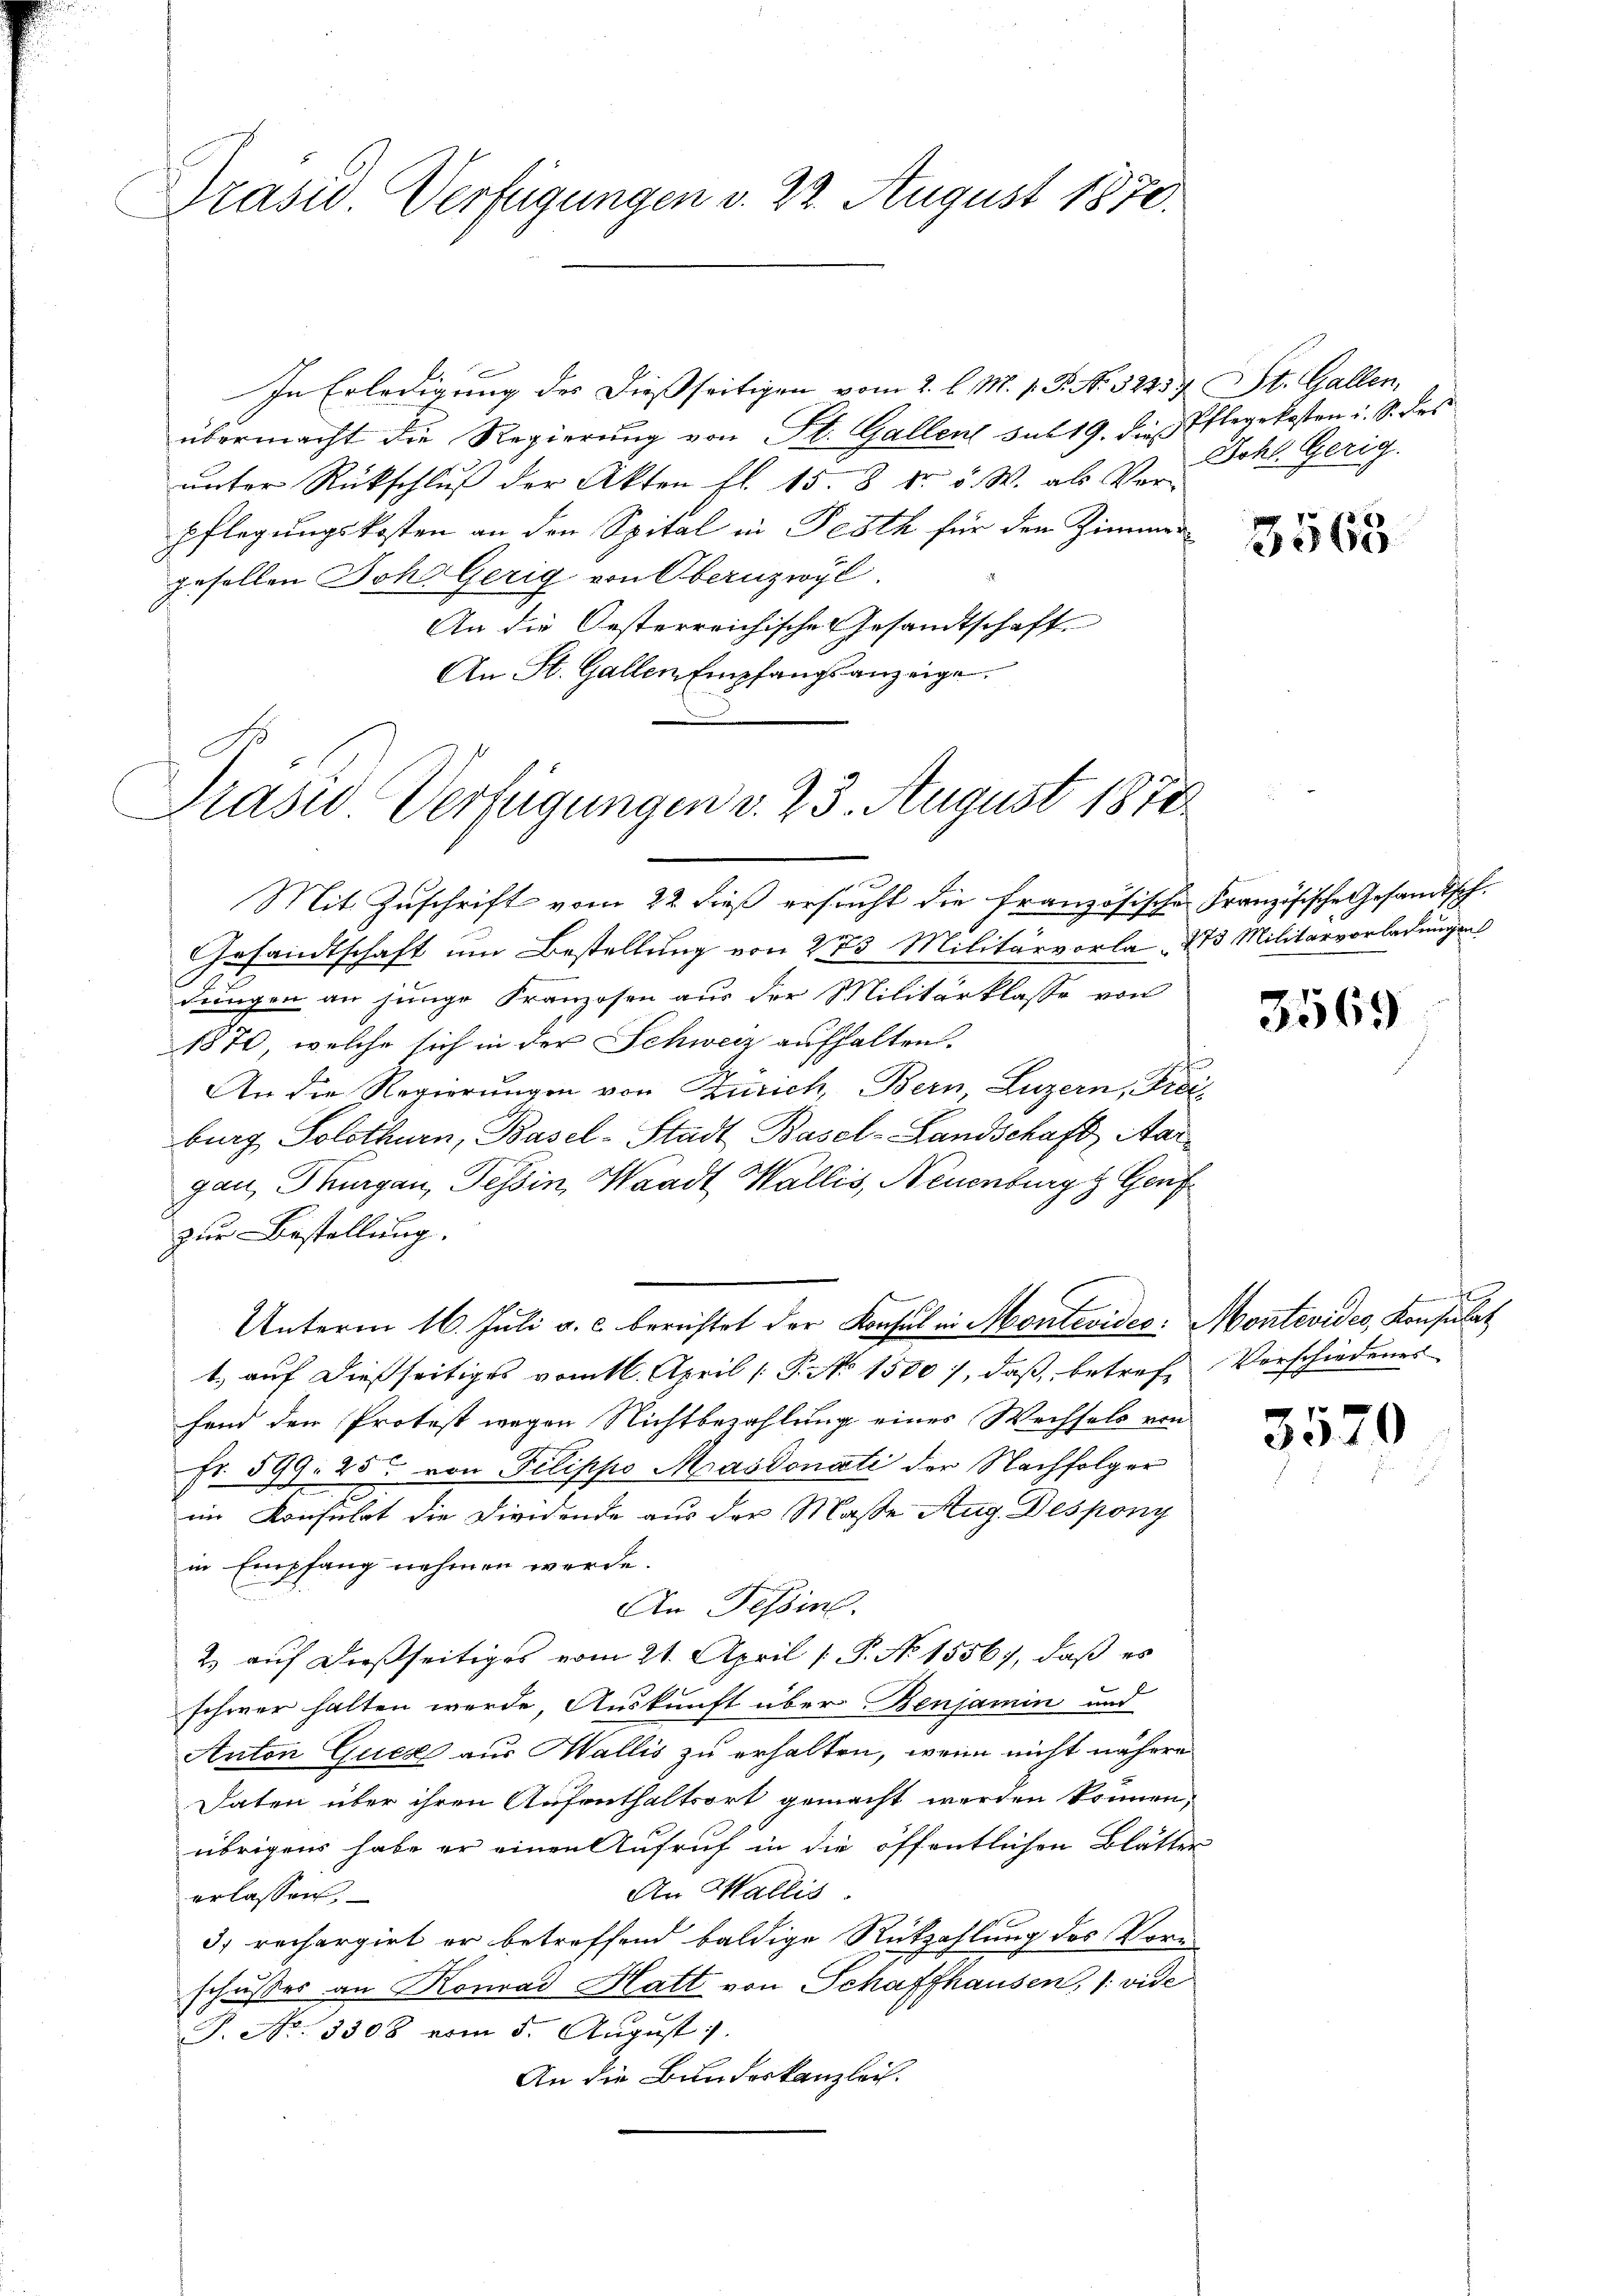
Grasw. Verfügungen v. 22. August 1870.

In Erledigung des dießseitigen vom 2. l. M. v. P. No. 52257 (St. Gallen,
übermacht die Regierung von St. Gallent sub 19. die Pflegekosten u. S. des
unter Rückschluß der Akten fl. 15. 8. d. 5. W. als Vor-
pflegungskosten an den Spital in Festh für den Zimmer-
gesellen Joh. Gerig von Obernzwyl
An die Oesterreichische Gesandtschaft
An St. Gallen Empfangsanzeige.

Prasso Verfügungen v. 23. August 1878

Johl. Gerig.

Mit Zuschrift vom 22. dieß ersucht die französische Französische Gesandtsch.
Gesandtschaft um Bestellung von 273 Militärvorla, 273 Militärvorladungen
dringen an junge Franzosen aus der Militärklasse von
1870, welche sich in der Schweiz aufhalten.
An die Regierungen von Zürich, Bern, Luzern, Freiburg Solothurn, Basel-Stadt Basel-Landschaft Aargau, Thurgau, Tessin, Waadt, Wallis, Neuenburg z. Genf
zur Bestellung.
Unterm 16. Juli a. c. berichtet der Konsul in Montevides. Montevides, Konsulat
1.) auf dießseitiges vom 16. April [ P. No 1500), daß, betreff Verschiedenes
fend den Protest wegen Nichtbezahlung eines Wechsels von
Fr. 599. 25. von Filippo Masdonati der Nachfolger
x
im Konsulat die Diendende aus der Maße Aug. Despony
in Empfang nehmen werde.
An Tessin.
2. auf dießseitiges vom 21. April [ P. No 15567, daß es
schwer halten werde, Auskunft über Benjamin und
Anton Guck aus Wallis zu erhalten, wenn nicht nähere
Daten über ihren Aufenthaltsort gemacht werden können,
übrigens habe er einen Aufruf in die öffentlichen Blätter
An Wallis.
erlassen.
d. rechargirt er betreffend baldige Rückzahlung des Vor-
schusses an Konrad Hatt von Schaffhausen, 1: vide
P. Nr. 3308 vom 5. August
An die Bundeskanzlei.

3563

3569

3570